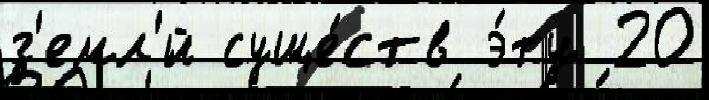
з'емл'́й суще́ств э́ту 20